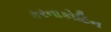
કરનાકોટિન